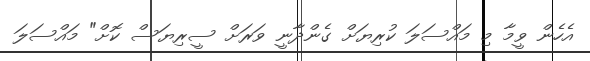
އެހެން ވީމާ މި މައްސަލަ ކުރިޔަށް ގެންދާނީ ވަރަށް ސީރިޔަސް ކޮށް" މައްސަލަ